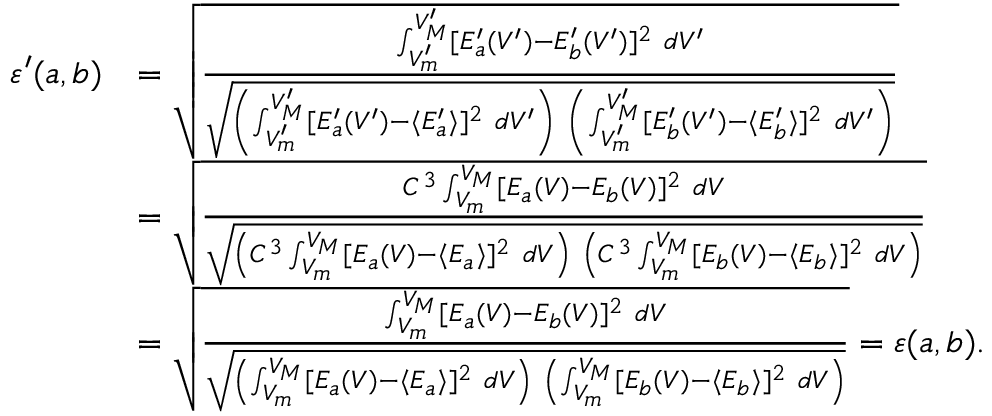
\begin{array} { r l } { \varepsilon ^ { \prime } ( a , b ) } & { = \sqrt { \frac { \int _ { V _ { m } ^ { \prime } } ^ { V _ { M } ^ { \prime } } [ E _ { a } ^ { \prime } ( V ^ { \prime } ) - E _ { b } ^ { \prime } ( V ^ { \prime } ) ] ^ { 2 } ~ d V ^ { \prime } } { \sqrt { \left( \int _ { V _ { m } ^ { \prime } } ^ { V _ { M } ^ { \prime } } [ E _ { a } ^ { \prime } ( V ^ { \prime } ) - \langle E _ { a } ^ { \prime } \rangle ] ^ { 2 } ~ d V ^ { \prime } \right) ~ \left( \int _ { V _ { m } ^ { \prime } } ^ { V _ { M } ^ { \prime } } [ E _ { b } ^ { \prime } ( V ^ { \prime } ) - \langle E _ { b } ^ { \prime } \rangle ] ^ { 2 } ~ d V ^ { \prime } \right) } } } } \\ & { = \sqrt { \frac { C ^ { 3 } \int _ { V _ { m } } ^ { V _ { M } } [ E _ { a } ( V ) - E _ { b } ( V ) ] ^ { 2 } ~ d V } { \sqrt { \left( C ^ { 3 } \int _ { V _ { m } } ^ { V _ { M } } [ E _ { a } ( V ) - \langle E _ { a } \rangle ] ^ { 2 } ~ d V \right) ~ \left( C ^ { 3 } \int _ { V _ { m } } ^ { V _ { M } } [ E _ { b } ( V ) - \langle E _ { b } \rangle ] ^ { 2 } ~ d V \right) } } } } \\ & { = \sqrt { \frac { \int _ { V _ { m } } ^ { V _ { M } } [ E _ { a } ( V ) - E _ { b } ( V ) ] ^ { 2 } ~ d V } { \sqrt { \left( \int _ { V _ { m } } ^ { V _ { M } } [ E _ { a } ( V ) - \langle E _ { a } \rangle ] ^ { 2 } ~ d V \right) ~ \left( \int _ { V _ { m } } ^ { V _ { M } } [ E _ { b } ( V ) - \langle E _ { b } \rangle ] ^ { 2 } ~ d V \right) } } } = \varepsilon ( a , b ) . } \end{array}